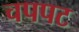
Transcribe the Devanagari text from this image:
चपपट